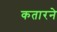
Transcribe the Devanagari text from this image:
कतारने